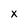
Character: x